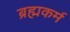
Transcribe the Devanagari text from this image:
ब्रह्मकर्म